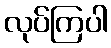
လုပ်ကြပါ